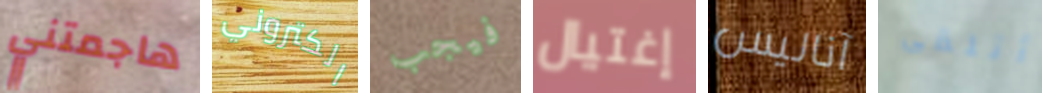
هاجمتني الكتروني فيجب إغتيال آناليس أتلقى